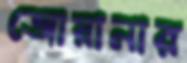
জোয়ানার